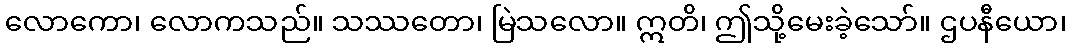
လောကော၊ လောကသည်။ သဿတော၊ မြဲသလော။ ဣတိ၊ ဤသို့မေးခဲ့သော်။ ဌပနီယော၊